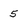
Character: 5